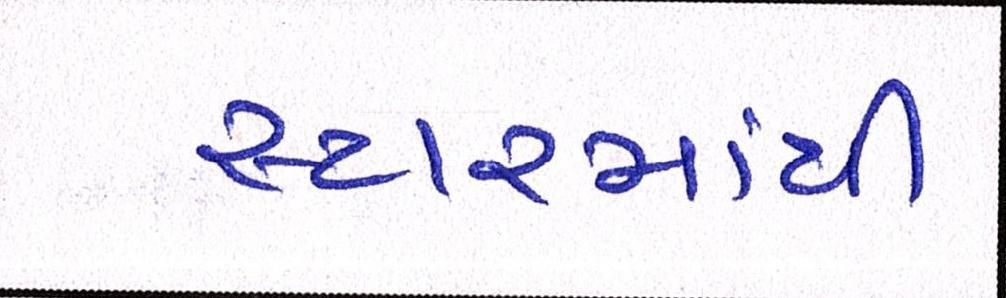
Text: સ્ટારમાંથી